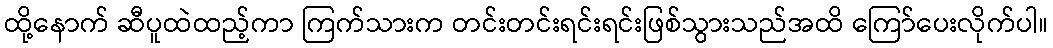
ထို့နောက် ဆီပူထဲထည့်ကာ ကြက်သားက တင်းတင်းရင်းရင်းဖြစ်သွားသည်အထိ ကြော်ပေးလိုက်ပါ။